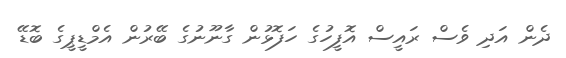
ދެން އަދި ވެސް ރައީސް އޮފީހުގެ ހަފޮޅުން ގާނޫނުގެ ބޭރުން އެމްޑީޕީގެ ބޮޑޭ